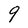
Character: 9